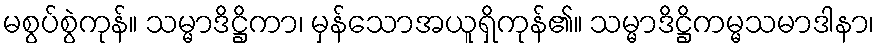
မစွပ်စွဲကုန်။ သမ္မာဒိဋ္ဌိကာ၊ မှန်သောအယူရှိကုန်၏။ သမ္မာဒိဋ္ဌိကမ္မသမာဒါနာ၊